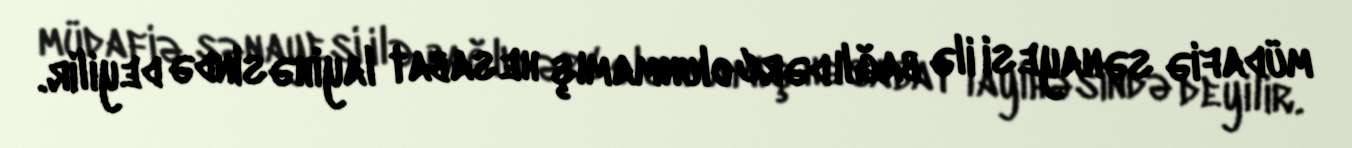
müdafiə sənayesi ilə bağlı dərc olunmamış hesabat layihəsində deyilir.